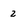
Character: 2